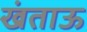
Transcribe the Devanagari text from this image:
खंताऊ